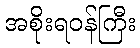
အစိုးရဝန်ကြီး